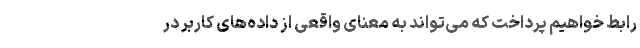
رابط خواهیم پرداخت که می‌تواند به معنای واقعی از داده‌های کاربر در